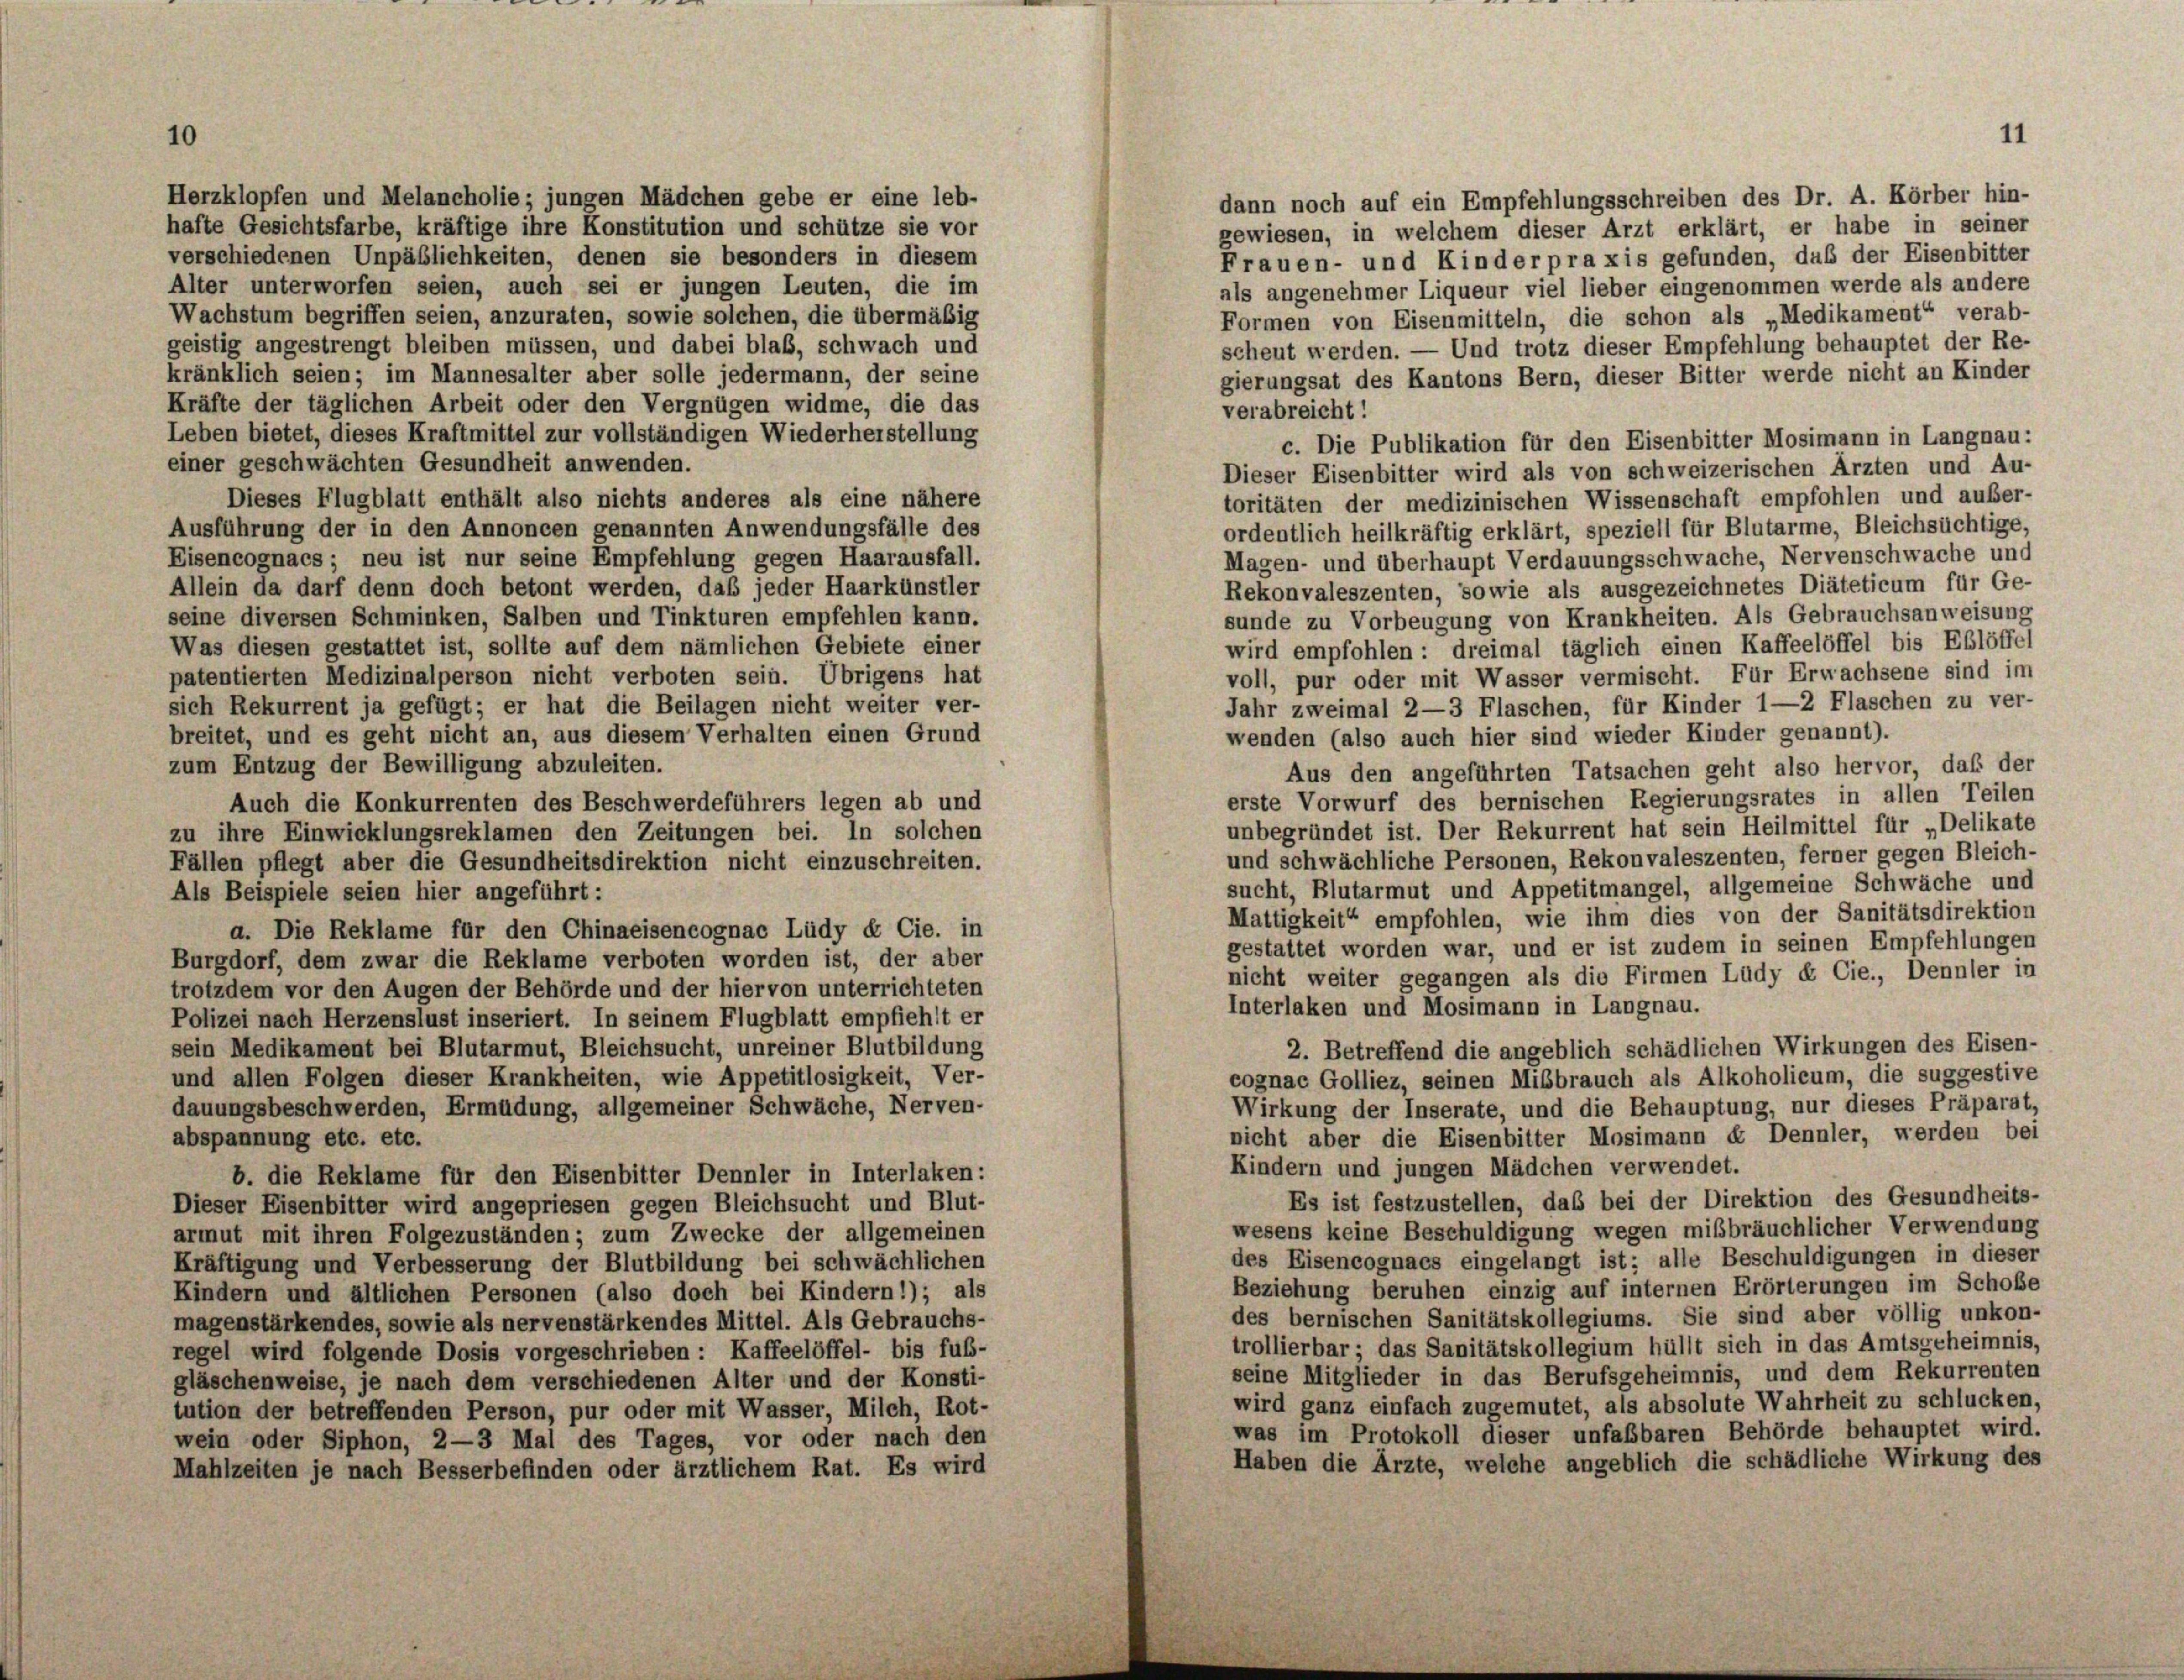
Herzklopfen und Melancholie; jungen Mädchen gebe er eine leb-
hafte Gesichtsfarbe, kräftige ihre Konstitution und schütze sie vor
verschiedenen Unpäblichkeiten, denen sie besonders in diesem
Alter unterworfen seien, auch sei er jungen Leuten, die im
Wachstum begriffen seien, anzuraten, sowie solchen, die übermäßig
Formen von Eisenmitteln, die schon als „Medikament“ verab-
geistig angestrengt bleiben müssen, und dabei blab, schwach und
scheut werden. — Und trotz dieser Empfehlung behauptet der Re-
kränklich seien; im Mannesalter aber solle jedermann, der seine
gierungsat des Kantons Bern, dieser Bitter werde nicht an Kinder
Kräfte der täglichen Arbeit oder den Vergnügen widme, die das
verabreicht!
Leben bietet, dieses Kraftmittel zur vollständigen Wiederherstellung
c. Die Publikation für den Eisenbitter Mosimann in Langnau:
einer geschwächten Gesundheit anwenden.
Dieser Eisenbitter wird als von schweizerischen Ärzten und Au-
Dieses Flugblatt enthält also nichts anderes als eine nähere
toritäten der medizinischen Wissenschaft empfohlen und außer-
Ausführung der in den Annoncen genannten Anwendungsfälle des
ordentlich heilkräftig erklärt, speziell für Blutarme, Bleichsüchtige.
Eisencognacs; neu ist nur seine Empfehlung gegen Haarausfall.
Magen- und überhaupt Verdauungsschwache, Nervenschwache und
Allein da darf denn doch betont werden, daß jeder Haarkünstler
Rekonvaleszenten, sowie als ausgezeichnetes Diäteticum für Ge-
seine diversen Schminken, Salben und Tinkturen empfehlen kann.
sunde zu Vorbeugung von Krankheiten. Als Gebrauchsanweisung
Was diesen gestattet ist, sollte auf dem nämlichen Gebiete einer
wird empfohlen: dreimal täglich einen Kaffeelöffel bis Eßlöffe
patentierten Medizinalperson nicht verboten sein. Übrigens hat
voll, pur oder mit Wasser vermischt. Für Erwachsene sind im
Jahr zweimal 2—3 Flaschen, für Kinder 1—2 Flaschen zu ver-
sich Rekurrent ja gefügt; er hat die Beilagen nicht weiter ver-
breitet, und es geht nicht an, aus diesem Verhalten einen Grund
wenden (also auch hier sind wieder Kinder genannt).
zum Entzug der Bewilligung abzuleiten.
Aus den angeführten Tatsachen geht also hervor, daß der
erste Vorwurf des bernischen Regierungsrates in allen Teilen
Auch die Konkurrenten des Beschwerdeführers legen ab und
unbegründet ist. Der Rekurrent hat sein Heilmittel für „Delikate
zu ihre Einwicklungsreklamen den Zeitungen bei. In solchen
und schwächliche Personen, Rekonvaleszenten, ferner gegen Bleich-
Fällen pflegt aber die Gesundheitsdirektion nicht einzuschreiten.
sucht, Blutarmut und Appetitmangel, allgemeine Schwäche und
Als Beispiele seien hier angeführt:
Mattigkeit“ empfohlen, wie ihm dies von der Sanitätsdirektion
a. Die Reklame für den Chinaeisencognac Lüdy d Cie. in
gestattet worden war, und er ist zudem in seinen Empfehlungen
Burgdorf, dem zwar die Reklame verboten worden ist, der aber
nicht weiter gegangen als die Firmen Lüdy & Cie., Dennler in
trotzdem vor den Augen der Behörde und der hiervon unterrichteten
Interlaken und Mosimann in Langnau.
Polizei nach Herzenslust inseriert. In seinem Flugblatt empfiehlt er
sein Medikament bei Blutarmut, Bleichsucht, unreiner Blutbildung
2. Betreffend die angeblich schädlichen Wirkungen des Eisen-
cognac Golliez, seinen Mißbrauch als Alkoholicum, die suggestive
und allen Folgen dieser Krankheiten, wie Appetitlosigkeit, Ver-
dauungsbeschwerden, Ermüdung, allgemeiner Schwäche, Nerven-
Wirkung der Inserate, und die Behauptung, nur dieses Präparat,
nicht aber die Eisenbitter Mosimann « Dennler, werden bei
abspannung etc. etc.
Kindern und jungen Mädchen verwendet.
b. die Reklame für den Eisenbitter Dennler in Interlaken:
Es ist festzustellen, das bei der Direktion des Gesundheits-
Dieser Eisenbitter wird angepriesen gegen Bleichsucht und Blut-
wesens keine Beschuldigung wegen mißbräuchlicher Verwendung
armut mit ihren Folgezuständen; zum Zwecke der allgemeinen
des Eisencognaes eingelangt ist; alle Beschuldigungen in dieser
Kräftigung und Verbesserung der Blutbildung bei schwächlichen
Beziehung beruhen einzig auf internen Erörterungen im Schobe
Kindern und ältlichen Personen (also doch bei Kindern *); als
des bernischen Sanitätskollegiums. Sie sind aber völlig unkon-
magenstärkendes, sowie als nervenstärkendes Mittel. Als Gebrauchs-
trollierbar; das Sanitätskollegium hüllt sich in das Amtsgeheimnis,
regel wird folgende Dosis vorgeschrieben: Kaffeelöffel- bis fub-
seine Mitglieder in das Berufsgeheimnis, und dem Rekurrenten
gläschenweise, je nach dem verschiedenen Alter und der Konsti-
wird ganz einfach zugemutet, als absolute Wahrheit zu schlucken,
tution der betreffenden Person, pur oder mit Wasser, Milch, Rot-
was im Protokoll dieser unfaßbaren Behörde behauptet wird.
wein oder Siphon, 2-3 Mal des Tages, vor oder nach den
Haben die Ärzte, welche angeblich die schädliche Wirkung des
Mahlzeiten je nach Besserbefinden oder ärztlichem Rat. Es wird

dann noch auf ein Empfehlungsschreiben des Dr. A. Körber hin-
gewiesen, in welchem dieser Arzt erklärt, er habe in seiner
Frauen- und Kinder praxis gefunden, daß der Eisenbitter
als angenehmer Liqueur viel lieber eingenommen werde als andere